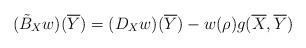
LaTeX: \begin{align*}(\tilde{B}_X{w})(\overline{Y})=(D_X{w})({\overline{Y}})-w(\rho)g(\overline{X},\overline{Y})\end{align*}